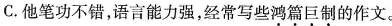
C.他笔功不错，语言能力强，经常写些鸿篇巨制的作文。